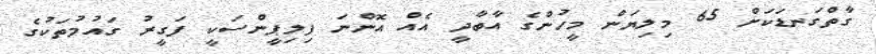
ގާތްގަނޑަކަށް 65 މިލިޔަން މީހުންގެ އާބާދީ އެއް އޮންނަ ފިލިޕީންސަކީ ފަގީރު ގައުމުތަކުގެ